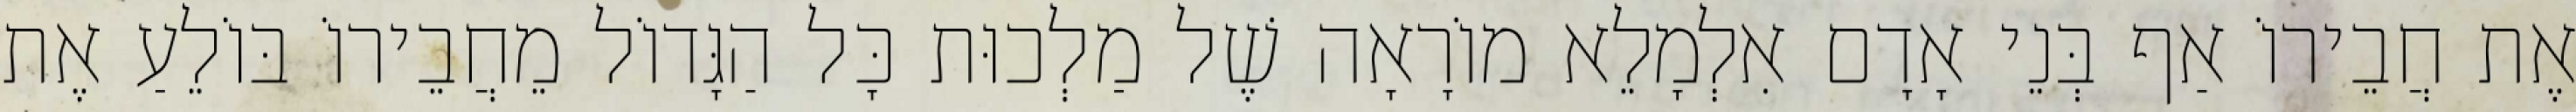
אֶת חֲבֵירוֹ אַף בְּנֵי אָדָם אִלְמָלֵא מוֹרָאָה שֶׁל מַלְכוּת כָּל הַגָּדוֹל מֵחֲבֵירוֹ בּוֹלֵעַ אֶת